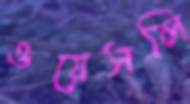
ওয়েসলি